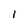
Character: 1